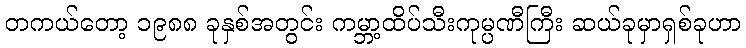
တကယ်တော့ ၁၉၈၈ ခုနှစ်အတွင်း ကမ္ဘာ့ထိပ်သီးကုမ္ပဏီကြီး ဆယ်ခုမှာရှစ်ခုဟာ